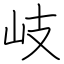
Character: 岐